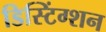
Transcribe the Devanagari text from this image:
डिस्टिंग्शन